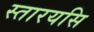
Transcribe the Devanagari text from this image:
स्तारयसि